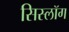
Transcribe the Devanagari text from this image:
सिस्लॉग